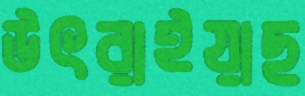
উৎরাইয়াছ